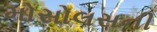
મોસોલસની